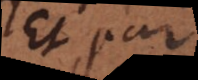
Et par